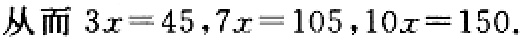
从而 \(3x = 45,7x = 105,10x = 150\).